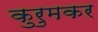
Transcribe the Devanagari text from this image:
कुरुमकर